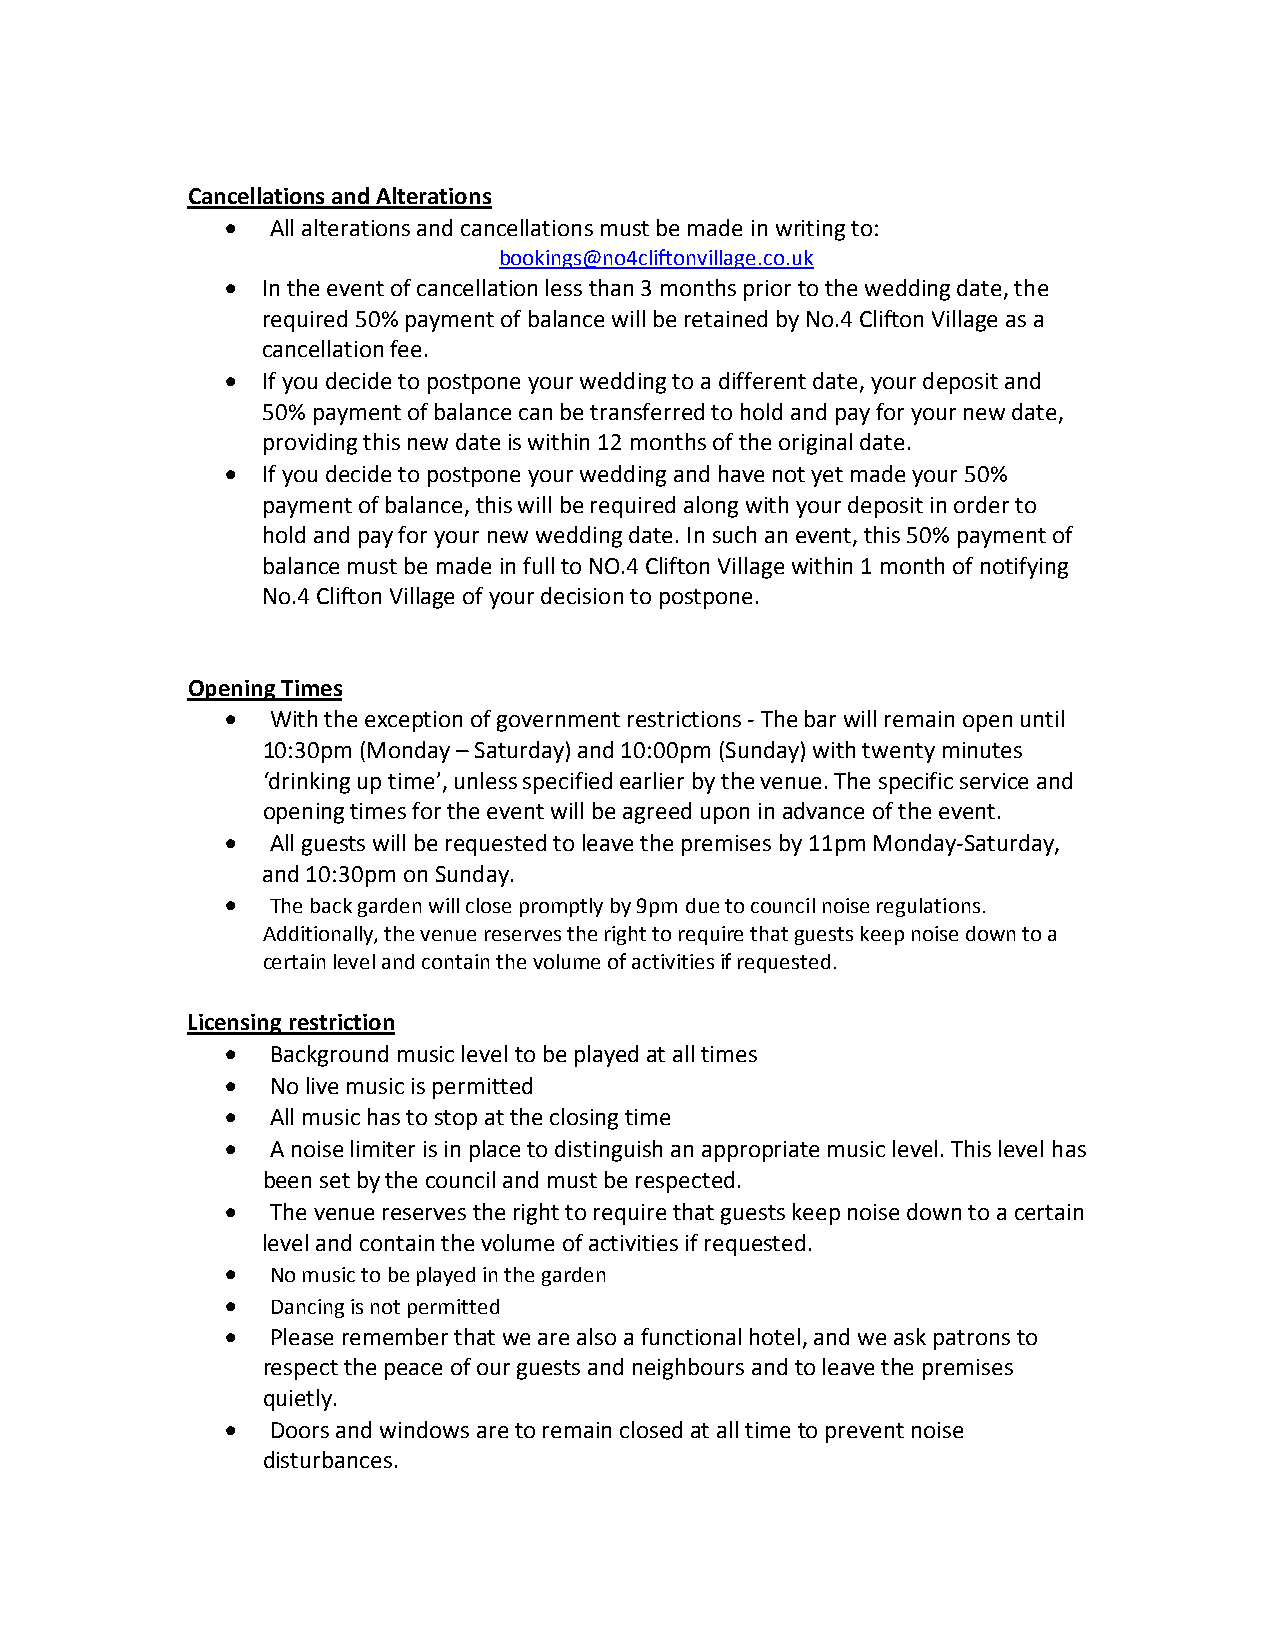
Cancellations and Alterations
 •  All alterations and cancellations must be made in writing to:
 bookings@no4cliftonvillage.co.uk
 • In the event of cancellation less than 3 months prior to the wedding date, the
 required 50% payment of balance will be retained by No.4 Clifton Village as a
 cancellation fee.
 • If you decide to postpone your wedding to a different date, your deposit and
 50% payment of balance can be transferred to hold and pay for your new date,
 providing this new date is within 12 months of the original date.
 • If you decide to postpone your wedding and have not yet made your 50%
 payment of balance, this will be required along with your deposit in order to
 hold and pay for your new wedding date. In such an event, this 50% payment of
 balance must be made in full to NO.4 Clifton Village within 1 month of notifying
 No.4 Clifton Village of your decision to postpone.
 Opening Times
 •  With the exception of government restrictions - The bar will remain open until
 10:30pm (Monday – Saturday) and 10:00pm (Sunday) with twenty minutes
 ‘drinking up time’, unless specified earlier by the venue. The specific service and
 opening times for the event will be agreed upon in advance of the event.
 •  All guests will be requested to leave the premises by 11pm Monday-Saturday,
 and 10:30pm on Sunday.
 •  The back garden will close promptly by 9pm due to council noise regulations.
 Additionally, the venue reserves the right to require that guests keep noise down to a
 certain level and contain the volume of activities if requested.
 Licensing restriction
 •  Background music level to be played at all times
 •  No live music is permitted
 •  All music has to stop at the closing time
 •  A noise limiter is in place to distinguish an appropriate music level. This level has
 been set by the council and must be respected.
 •  The venue reserves the right to require that guests keep noise down to a certain
 level and contain the volume of activities if requested.
 •  No music to be played in the garden
 •  Dancing is not permitted
 •  Please remember that we are also a functional hotel, and we ask patrons to
 respect the peace of our guests and neighbours and to leave the premises
 quietly.
 •  Doors and windows are to remain closed at all time to prevent noise
 disturbances.